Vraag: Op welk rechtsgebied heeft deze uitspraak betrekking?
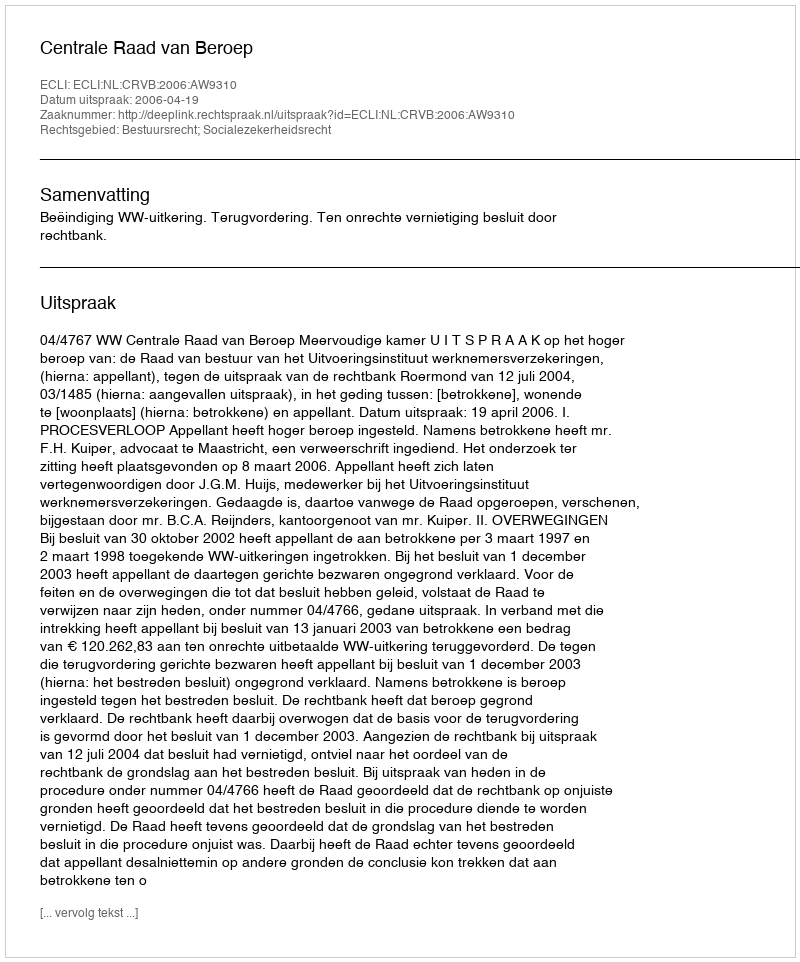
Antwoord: Bestuursrecht; Socialezekerheidsrecht